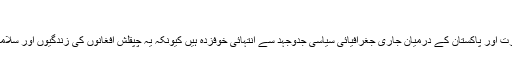
‘‘
اس پس منظر میں افغان عوام افغانستان، بھارت اور پاکستان کے درمیان جاری جغرافیائی سیاسی جدوجہد سے انتہائی خوفزدہ ہیں کیونکہ یہ چپقلش افغانوں کی زندگیوں اور سلامتی کی صورت حال پر اثر انداز ہو رہی ہے۔